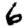
Digit: 6